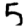
Digit: 5